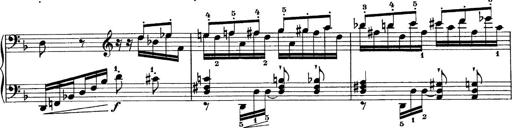
Title: Sonatina No.6
Composer: Ferruccio Busoni